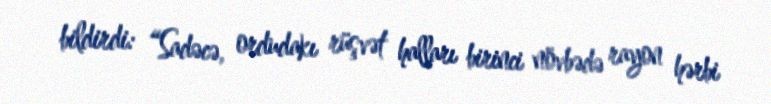
bildirdi: “Sadəcə, ordudakı rüşvət halları birinci növbədə rayon hərbi